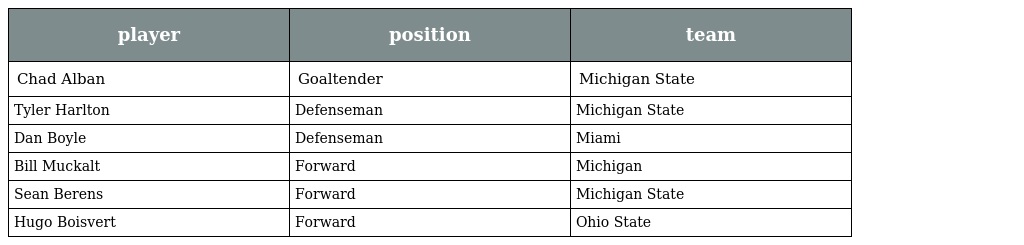
| player | position | team |
 | --- | --- | --- |
 | Chad Alban | Goaltender | Michigan State |
 | Tyler Harlton | Defenseman | Michigan State |
 | Dan Boyle | Defenseman | Miami |
 | Bill Muckalt | Forward | Michigan |
 | Sean Berens | Forward | Michigan State |
 | Hugo Boisvert | Forward | Ohio State |